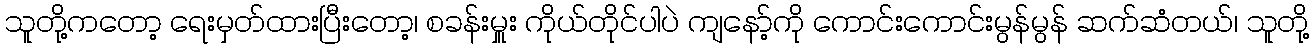
သူတို့ကတော့ ရေးမှတ်ထားပြီးတော့၊ စခန်းမှူး ကိုယ်တိုင်ပါပဲ ကျနော့်ကို ကောင်းကောင်းမွန်မွန် ဆက်ဆံတယ်၊ သူတို့